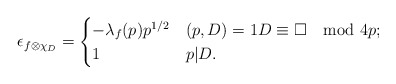
\begin{align*} \epsilon_{f \otimes \chi_D}= \begin{cases} -\lambda_f(p) p^{1/2} & (p,D)=1 D\equiv \square\mod 4p;\\ 1 & p|D. \end{cases}\end{align*}